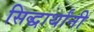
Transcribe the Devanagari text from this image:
सिद्धार्थांनी